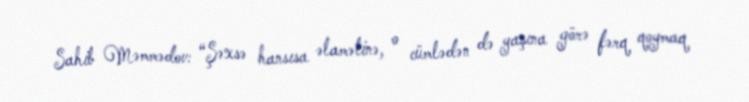
Sahib Məmmədov: “Şəxsə hansısa əlamətinə, o cümlədən də yaşına görə fərq qoymaq